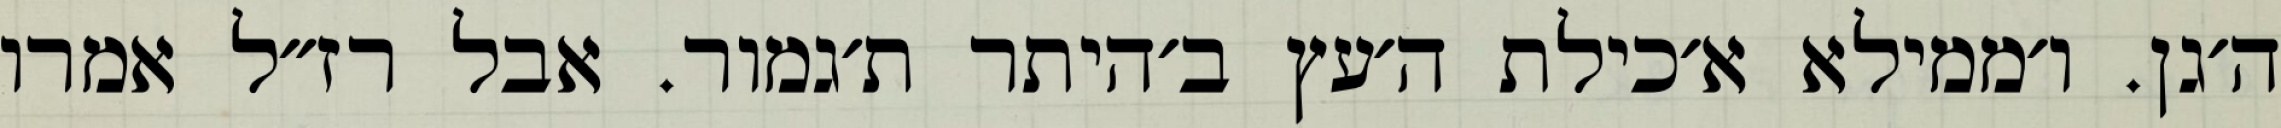
ה׳גן. ו׳ממילא א׳כילת ה׳עץ ב׳היתר ת׳גמור. אבל רז״ל אמרו